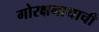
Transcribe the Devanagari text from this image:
गोरक्षनाथाची